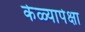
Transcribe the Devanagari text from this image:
केळ्यापेक्षा